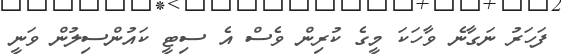
ފަހަރު ނަގާނެ ވާހަކަ މީގެ ކުރިން ވެސް އެ ސިޓީ ކަައުންސިލުން ވަނީ